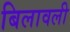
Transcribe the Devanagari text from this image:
बिलावली